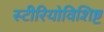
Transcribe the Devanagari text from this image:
स्टीरियोविशिष्ट